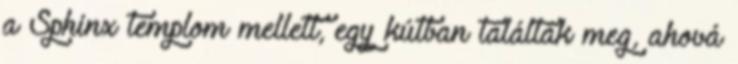
a Sphinx templom mellett, egy kútban találták meg, ahová